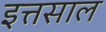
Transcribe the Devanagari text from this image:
इत्तसाल